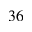
^ { 3 6 }